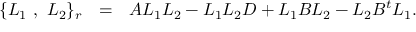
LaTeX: \{ L _ { 1 } ~ , ~ L _ { 2 } \} _ { r } ~ ~ = ~ ~ A L _ { 1 } L _ { 2 } - L _ { 1 } L _ { 2 } D + L _ { 1 } B L _ { 2 } - L _ { 2 } B ^ { t } L _ { 1 } .